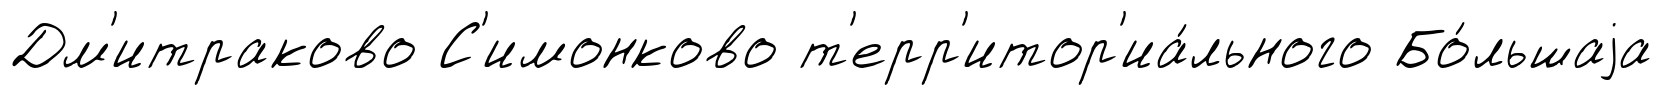
Дм'итраково С'имонково т'ерр'итор'иа́льного Бо́льшаjа